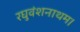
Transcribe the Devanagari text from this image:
रघुवंशनाथम।